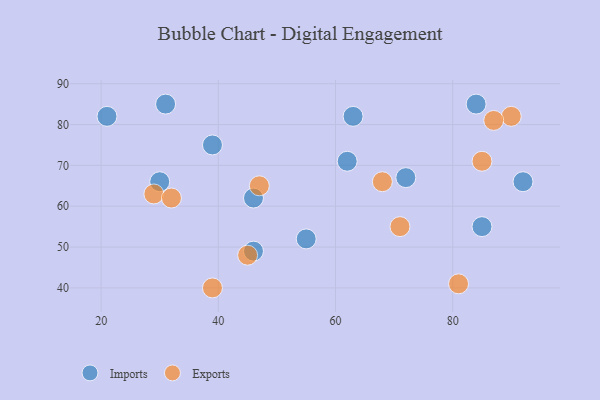
{"axis": {"x": "GDP", "y": "Life Expectancy"}, "legend": ["Exports", "Imports"], "data": [{"x": "30", "y": 66, "type": "Imports"}, {"x": "46", "y": 49, "type": "Imports"}, {"x": "55", "y": 52, "type": "Imports"}, {"x": "62", "y": 71, "type": "Imports"}, {"x": "31", "y": 85, "type": "Imports"}, {"x": "72", "y": 67, "type": "Imports"}, {"x": "63", "y": 82, "type": "Imports"}, {"x": "39", "y": 75, "type": "Imports"}, {"x": "92", "y": 66, "type": "Imports"}, {"x": "85", "y": 55, "type": "Imports"}, {"x": "21", "y": 82, "type": "Imports"}, {"x": "84", "y": 85, "type": "Imports"}, {"x": "46", "y": 62, "type": "Imports"}, {"x": "39", "y": 40, "type": "Exports"}, {"x": "85", "y": 71, "type": "Exports"}, {"x": "68", "y": 66, "type": "Exports"}, {"x": "45", "y": 48, "type": "Exports"}, {"x": "90", "y": 82, "type": "Exports"}, {"x": "29", "y": 63, "type": "Exports"}, {"x": "32", "y": 62, "type": "Exports"}, {"x": "47", "y": 65, "type": "Exports"}, {"x": "71", "y": 55, "type": "Exports"}, {"x": "87", "y": 81, "type": "Exports"}, {"x": "81", "y": 41, "type": "Exports"}]}